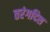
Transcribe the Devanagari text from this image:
तरंगदिश